Scottish Leaving Certificate Examination, 1957
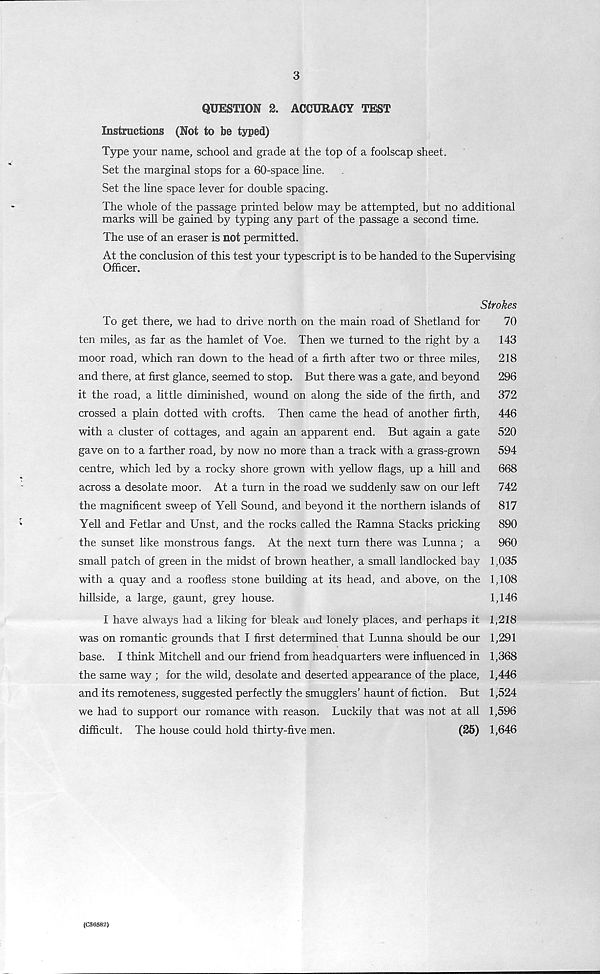
3
QUESTION 2. ACCURACY TEST
Instructions (Not to be typed)
Type your name, school and grade at the top of a foolscap sheet.
Set the marginal stops for a 60-space line.
Set the line space lever for double spacing.
The whole of the passage printed below may be attempted, but no additional
marks will be gained by typing any part of the passage a second time.
The use of an eraser is not permitted.
At the conclusion of this test your typescript is to be handed to the Supervising
Officer.
Strokes
To get there, we had to drive north on the main road of Shetland for
70
ten miles, as far as the hamlet of Voe. Then we turned to the right by a
143
moor road, which ran down to the head of a firth after two or three miles,
218
and there, at first glance, seemed to stop. But there was a gate, and beyond
296
it the road, a little diminished, wound on along the side of the firth, and
372
crossed a plain dotted with crofts. Then came the head of another firth,
446
with a cluster of cottages, and again an apparent end. But again a gate
520
gave on to a farther road, by now no more than a track with a grass-grown
594
centre, which led by a rocky shore grown with yellow flags, up a hill and
668
across a desolate moor. At a turn in the road we suddenly saw on our left
742
the magnificent sweep of Yell Sound, and beyond it the northern islands of
817
Yell and Fetlar and Unst, and the rocks called the Ramna Stacks pricking
890
the sunset like monstrous fangs. At the next turn there was Lunna ; a
960
small patch of green in the midst of brown heather, a small landlocked bay 1,035
with a quay and a roofless stone building at its head, and above, on the 1,108
hillside, a large, gaunt, grey house.
1,146
I have always had a liking for bleak and lonely places, and perhaps it 1,218
was on romantic grounds that I first determined that Lunna should be our 1,291
base. I think Mitchell and our friend from headquarters were influenced in 1,368
the same way ; for the wild, desolate and deserted appearance of the place, 1,446
and its remoteness, suggested perfectly the smugglers’ haunt of fiction. But 1,524
we had to support our romance with reason. Luckily that was not at all 1,596
difficult. The house could hold thirty-five men.
(25) 1,646
(C56582)